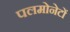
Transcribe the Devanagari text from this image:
पलमोनेटों